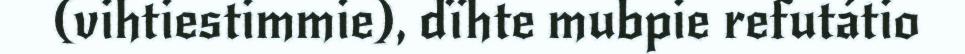
(vihtiestimmie), dïhte mubpie refutátio